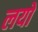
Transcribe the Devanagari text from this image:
लयो